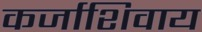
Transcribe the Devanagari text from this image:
कर्जाशिवाय